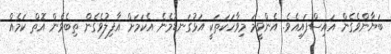
ބަޔާންވެގެން އައިސްފައިއެވެ. އެންވީމަ މިވާހަކަތަކީ އަޅުގަނޑުމެނެ އެކަމަށް ޣާފިލުވެގެން ތިބެވެން އޮތް ކަމެއް